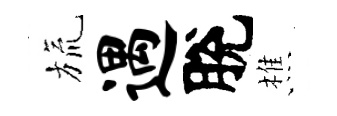
旒遇脫樵